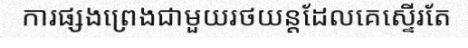
ការផ្សងព្រេងជាមួយរថយន្តដែលគេស្ទើរតែ